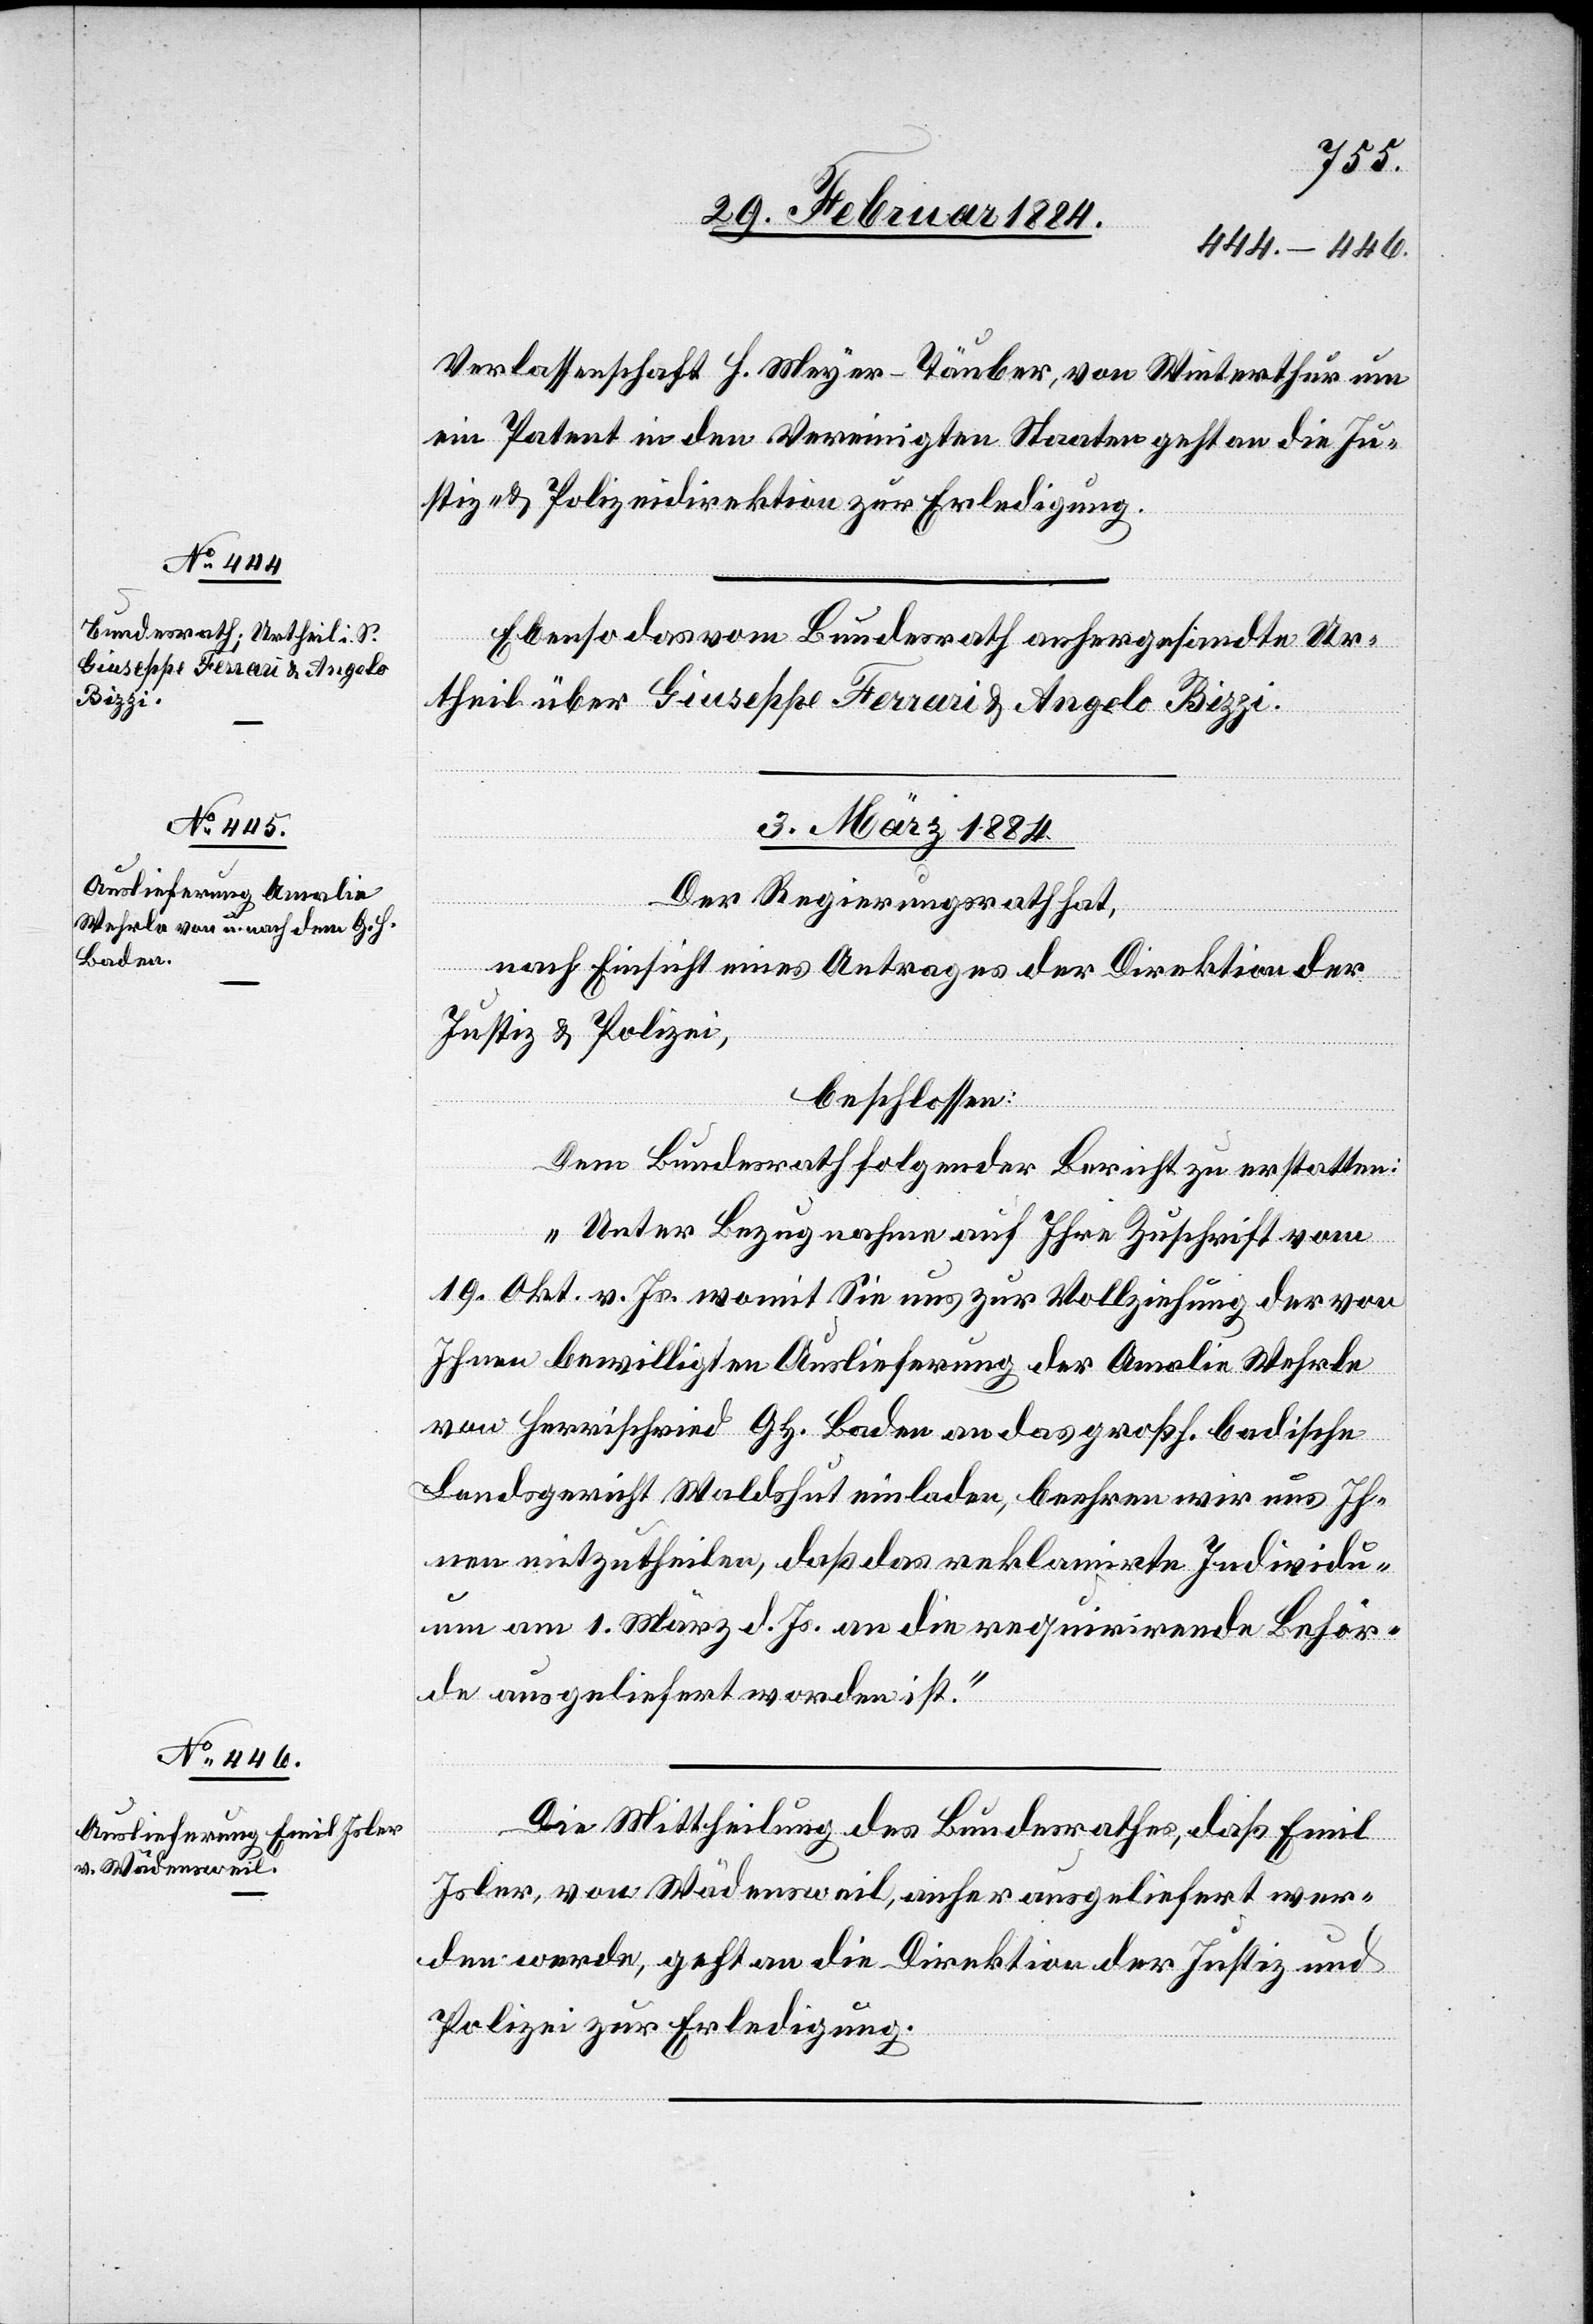
Verlassenschaft H. Meyer-Täuber, von Winterthur um
ein Patent in den Vereinigten Staaten geht an die Ju¬
stiz- & Polizeidirektion zur Erledigung.
Ebenso das vom Bundesrath anhergesandte Ur¬
theil über Giuseppe Ferrari & Angelo Bizzi.
3. März 1884.]
Der Regierungsrath hat,
nach Einsicht eines Antrages der Direktion der
Justiz & Polizei,
beschlossen:
Dem Bundesrath folgender Bericht zu erstatten:
„Unter Bezugnahme auf Ihre Zuschrift vom
19. Okt. v. Js. womit Sie uns zur Vollziehung der von
Ihnen bewilligten Auslieferung der Amalie Wehrle
von Herrischried Gh. Baden an das großh. badische
Landsgericht Waldshut einladen, beehren wir uns Ih¬
nen mitzutheilen, daß das reklamirte Individu¬
um am 1. März d. Js. an die requirirende Behör¬
de ausgeliefert worden ist.“
Die Mittheilung des Bundesrathes, daß Emil
Isler, von Wädensweil, anher ausgeliefert wer¬
den werde, geht an die Direktion der Justiz und
Polizei zur Erledigung.